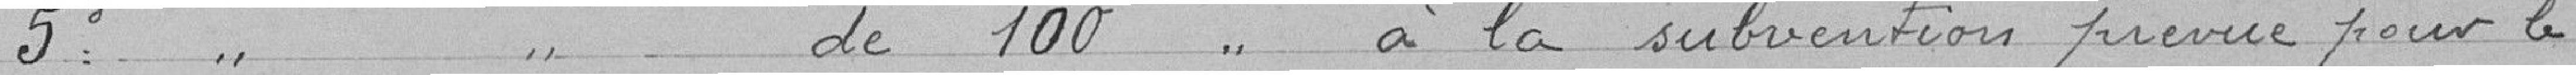
5° " de 100 " à la subvention prévue pour le